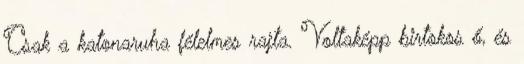
Csak a katonaruha félelmes rajta. Voltaképp birtokos ő, és